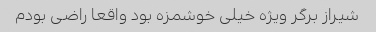
شیراز برگر ویژه خیلی خوشمزه بود واقعا راضی بودم